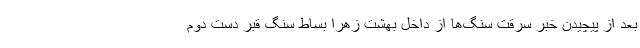
بعد از پیچیدن خبر سرقت سنگ‌ها از داخل بهشت زهرا بساط سنگ قبر دست دوم